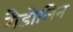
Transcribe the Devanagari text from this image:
गैडोलिन